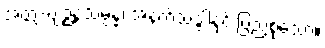
အတ္ထ-ဗျဉ္ဇနသမ္ပန္နံ၊ အနက်သဒ္ဒါနှင့် ပြည့်စုံသော။